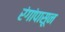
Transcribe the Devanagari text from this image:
रंगांपासून